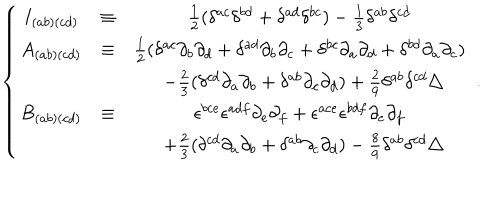
LaTeX: \left\{ \begin{matrix} { { I _ { ( a b ) ( c d ) } } } & { { \equiv } } & { { \frac { 1 } { 2 } ( \delta ^ { a c } \delta ^ { b d } + \delta ^ { a d } \delta ^ { b c } ) - \frac { 1 } { 3 } \delta ^ { a b } \delta ^ { c d } } } \\ { { A _ { ( a b ) ( c d ) } } } & { { \equiv } } & { { \frac { 1 } { 2 } ( \delta ^ { a c } \partial _ { b } \partial _ { d } + \delta ^ { a d } \partial _ { b } \partial _ { c } + \delta ^ { b c } \partial _ { a } \partial _ { d } + \delta ^ { b d } \partial _ { a } \partial _ { c } ) } } \\ { { } } & { { } } & { { \: \: - \frac { 2 } { 3 } ( \delta ^ { c d } \partial _ { a } \partial _ { b } + \delta ^ { a b } \partial _ { c } \partial _ { d } ) + \frac { 2 } { 9 } \delta ^ { a b } \delta ^ { c d } \triangle } } \\ { { B _ { ( a b ) ( c d ) } } } & { { \equiv } } & { { \epsilon ^ { b c e } \epsilon ^ { a d f } \partial _ { e } \partial _ { f } + \epsilon ^ { a c e } \epsilon ^ { b d f } \partial _ { e } \partial _ { f } } } \\ { { } } & { { } } & { { \: \: + \frac { 2 } { 3 } ( \delta ^ { c d } \partial _ { a } \partial _ { b } + \delta ^ { a b } \partial _ { c } \partial _ { d } ) - \frac { 8 } { 9 } \delta ^ { a b } \delta ^ { c d } \triangle } } \\ \end{matrix} \right. \ .